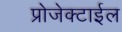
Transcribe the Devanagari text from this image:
प्रोजेक्टाईल